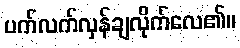
ပက်လက်လှန်ချလိုက်လေ၏။